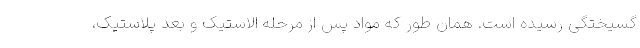
گسیختگی رسیده است. همان طور که مواد پس از مرحله الاستیک و بعد پلاستیک،